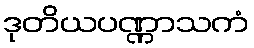
ဒုတိယပဏ္ဏာသကံ